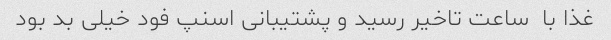
غذا با  ساعت تاخیر رسید و پشتیبانی اسنپ فود خیلی بد بود